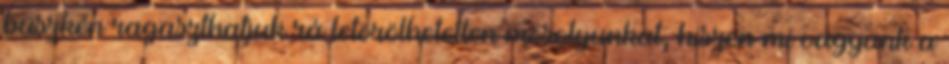
büszkén ragaszthatjuk rá letörölhetetlen mosolyunkat, hiszen mi vagyunk a